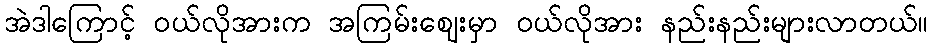
အဲဒါကြောင့် ဝယ်လိုအားက အကြမ်းဈေးမှာ ဝယ်လိုအား နည်းနည်းများလာတယ်။